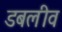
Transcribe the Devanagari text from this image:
डबलीव